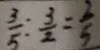
\frac { 3 } { 5 } : \frac { 3 } { 2 } = \frac { 2 } { 5 }